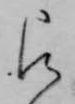
被